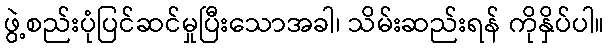
ဖွဲ့စည်းပုံပြင်ဆင်မှုပြီးသောအခါ၊ သိမ်းဆည်းရန် ကိုနှိပ်ပါ။